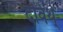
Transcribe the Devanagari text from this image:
दविथ्